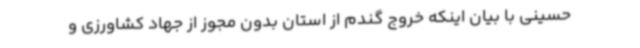
حسینی با بیان اینکه خروج گندم از استان بدون مجوز از جهاد کشاورزی و